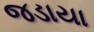
જડાયા